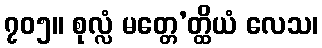
၇၀၅။ စုလ္လံ မတ္တေ’တ္ထိယံ လေသ၊